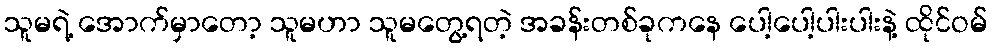
သူမရဲ့ အောက်မှာတော့ သူမဟာ သူမတွေ့ရတဲ့ အခန်းတစ်ခုကနေ ပေါ့ပေါ့ပါးပါးနဲ့ ထိုင်ဝမ်